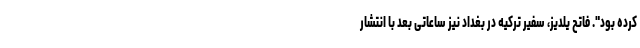
کرده بود". فاتح یلدیز، سفیر ترکیه در بغداد نیز ساعاتی بعد با انتشار